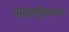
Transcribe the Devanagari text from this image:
पावकभूषितवक्त्रवरे।